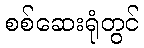
စစ်ဆေးရုံတွင်